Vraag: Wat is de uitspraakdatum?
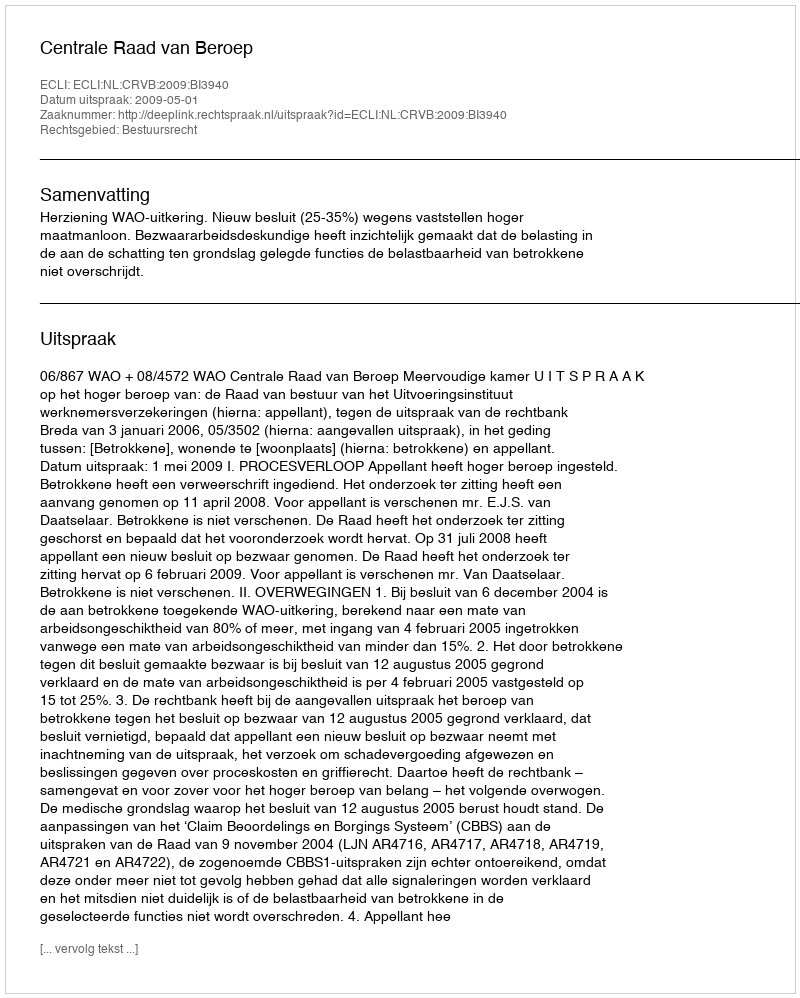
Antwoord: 2009-05-01